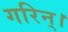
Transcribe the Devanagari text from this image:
गरिन्।